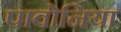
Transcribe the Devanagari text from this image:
पावोनिया